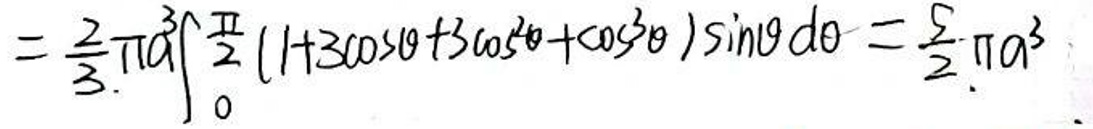
\[
=\frac{2}{3}\pi a^3 \int_{0}^{\frac{\pi}{2}} (1 + 3\cos\theta + 3\cos^2\theta + \cos^3\theta)\sin\theta d\theta = \frac{5}{2}\pi a^3
\]